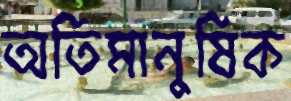
অতিমানুষিক